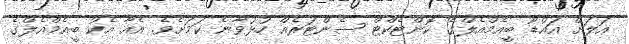
އަލަށް އައްޑޫ ބީއެމްއެލްގެ ކޮންޓެކްޓް ސެންޓަރެއް ހުޅުވާނެ ކަމަށެވެ. އެއާ އެކު ބީއެމްއެލްގެ